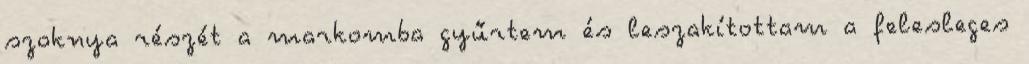
szoknya részét a markomba gyűrtem és leszakítottam a felesleges